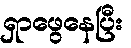
ရှာဖွေနေပြီး